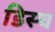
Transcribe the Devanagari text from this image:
डिस्च